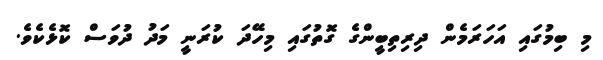
މި ބިމުގައި އަހަރަމެން ދިރިތިބީންގެ ގޮތުގައި މިހޭދަ ކުރަނީ މަދު ދުވަސް ކޮޅެކެވެ.